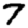
Digit: 7